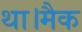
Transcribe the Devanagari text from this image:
था।मैक